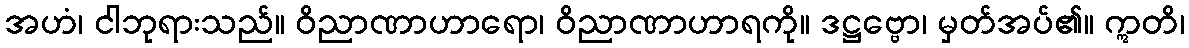
အဟံ၊ ငါဘုရားသည်။ ဝိညာဏာဟာရော၊ ဝိညာဏာဟာရကို။ ဒဋ္ဌဗ္ဗော၊ မှတ်အပ်၏။ ဣတိ၊